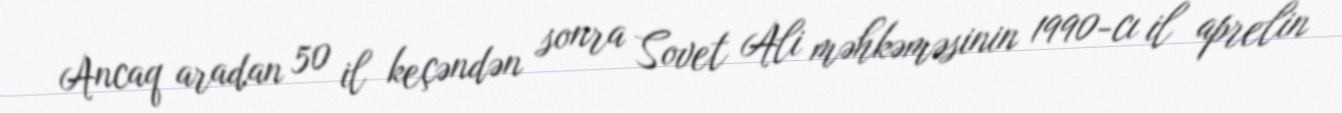
Ancaq aradan 50 il keçəndən sonra Sovet Ali məhkəməsinin 1990-cı il aprelin